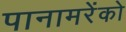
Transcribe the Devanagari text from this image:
पानामरेंको